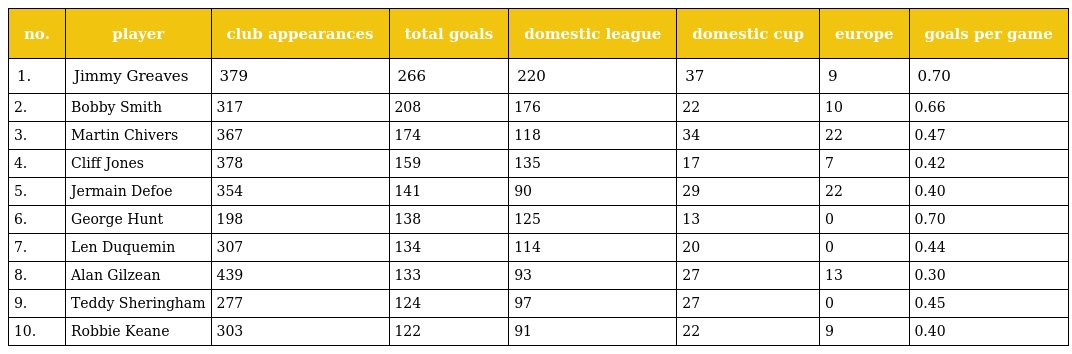
| no. | player | club appearances | total goals | domestic league | domestic cup | europe | goals per game |
 | --- | --- | --- | --- | --- | --- | --- | --- |
 | 1. | Jimmy Greaves | 379 | 266 | 220 | 37 | 9 | 0.70 |
 | 2. | Bobby Smith | 317 | 208 | 176 | 22 | 10 | 0.66 |
 | 3. | Martin Chivers | 367 | 174 | 118 | 34 | 22 | 0.47 |
 | 4. | Cliff Jones | 378 | 159 | 135 | 17 | 7 | 0.42 |
 | 5. | Jermain Defoe | 354 | 141 | 90 | 29 | 22 | 0.40 |
 | 6. | George Hunt | 198 | 138 | 125 | 13 | 0 | 0.70 |
 | 7. | Len Duquemin | 307 | 134 | 114 | 20 | 0 | 0.44 |
 | 8. | Alan Gilzean | 439 | 133 | 93 | 27 | 13 | 0.30 |
 | 9. | Teddy Sheringham | 277 | 124 | 97 | 27 | 0 | 0.45 |
 | 10. | Robbie Keane | 303 | 122 | 91 | 22 | 9 | 0.40 |